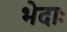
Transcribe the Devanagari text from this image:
भेदाः